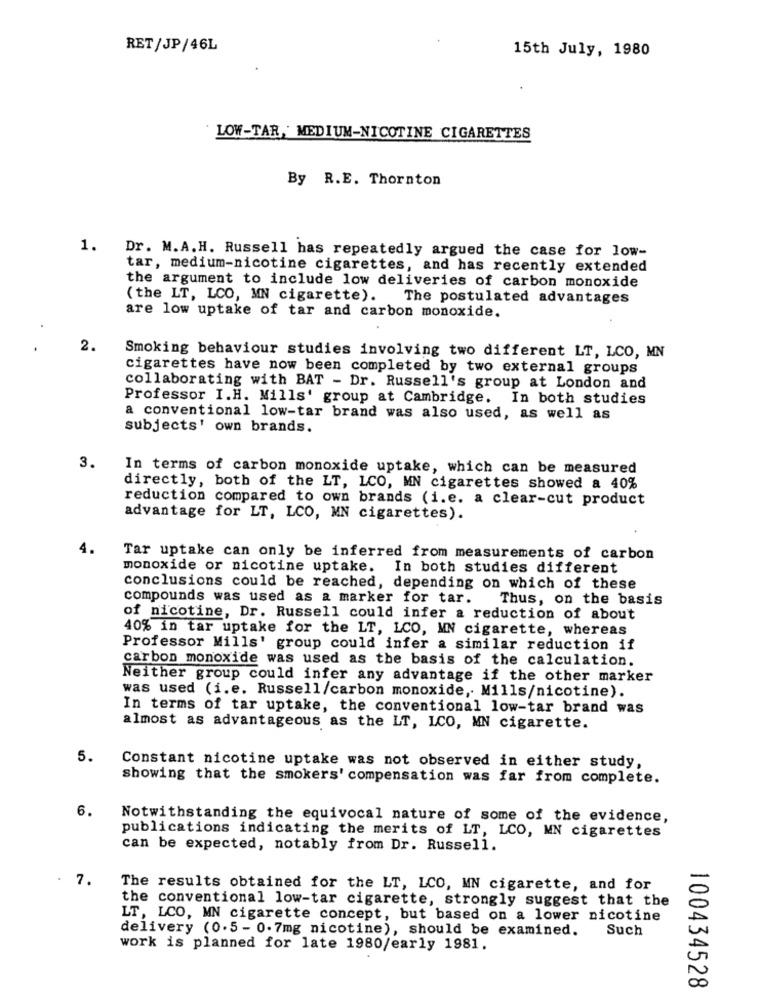
RET/JP/46L
15th July, 1980
LOW-TAR,' MEDIUM-NICOTINE CIGARETTES
By R.E. Thornton
1. Dr. M.A.H. Russell has repeatedly argued the case for low-
tar, medium-nicotine cigarettes, and has recently extended
the argument to include low deliveries of carbon monoxide
( the LT, LCO, MN cigarette). The postulated advantages
are low uptake of tar and carbon monoxide.
2.
Smoking behaviour studies involving two different LT, LCO, MN
cigarettes have now been completed by two external groups
collaborating with BAT - Dr. Russell's group at London and
Professor I.H. Mills' group at Cambridge. In both studies
a conventional low-tar brand was also used, as well as
subjects' own brands.
3.
In terms of carbon monoxide uptake, which can be measured
directly, both of the LT, LCO, MN cigarettes showed a 40%
reduction compared to own brands (i.e. a clear-cut product
advantage for LT, LCO, MN cigarettes).
4.
Tar uptake can only be inferred from measurements of carbon
monoxide or nicotine uptake. In both studies different
conclusions could be reached, depending on which of these
compounds was used as a marker for tar.
Thus, on the basis
of nicotine, Dr. Russell could infer a reduction of about
40% in tar uptake for the LT, LCO, MN cigarette, whereas
Professor Mills' group could infer a similar reduction if
carbon monoxide was used as the basis of the calculation.
Neither group could infer any advantage if the other marker
was used (i.e. Russell/carbon monoxide, Mills/nicotine).
In terms of tar uptake, the conventional low-tar brand was
almost as advantageous as the LT, LCO, MN cigarette.
5.
Constant nicotine uptake was not observed in either study,
showing that the smokers' compensation was far from complete.
6.
Notwithstanding the equivocal nature of some of the evidence,
publications indicating the merits of LT, LCO, MN cigarettes
can be expected, notably from Dr. Russell.
7.
The results obtained for the LT, LCO, MN cigarette, and for
the conventional low-tar cigarette, strongly suggest that the
LT, LCO, MN cigarette concept, but based on a lower nicotine
delivery (0.5 - 0.7mg nicotine), should be examined.
Such
work is planned for late 1980/early 1981.
100434528